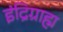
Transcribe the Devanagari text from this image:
इंद्रिग्राह्म